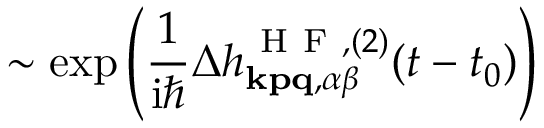
\sim \exp \left( \frac { 1 } { \mathrm { i } \hbar } \Delta h _ { \mathbf { k p q } , \alpha \beta } ^ { \mathrm { ~ H ~ F ~ } , ( 2 ) } ( t - t _ { 0 } ) \right)